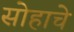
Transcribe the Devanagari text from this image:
सोहाचे